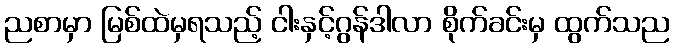
ညစာမှာ မြစ်ထဲမှရသည့် ငါးနှင့်ဂွန်ဒါလာ စိုက်ခင်းမှ ထွက်သည